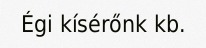
Égi kísérőnk kb.